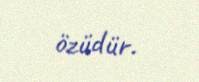
özüdür.